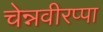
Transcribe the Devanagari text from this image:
चेन्नवीरप्पा